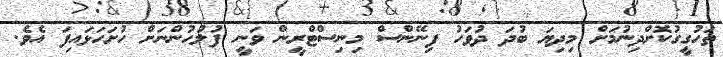
ތަހުގީގުކޮށްދިނުމަށް މިދިޔަ ބުދަ ދުވަހު ފިނޭންސް މިނިސްޓްރީން ވަނީ ފުލުހުންނަށް ހުށަހަޅައިފަ އެވެ.